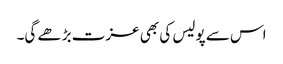
اس سے پولیس کی بھی عزت بڑھے گی۔